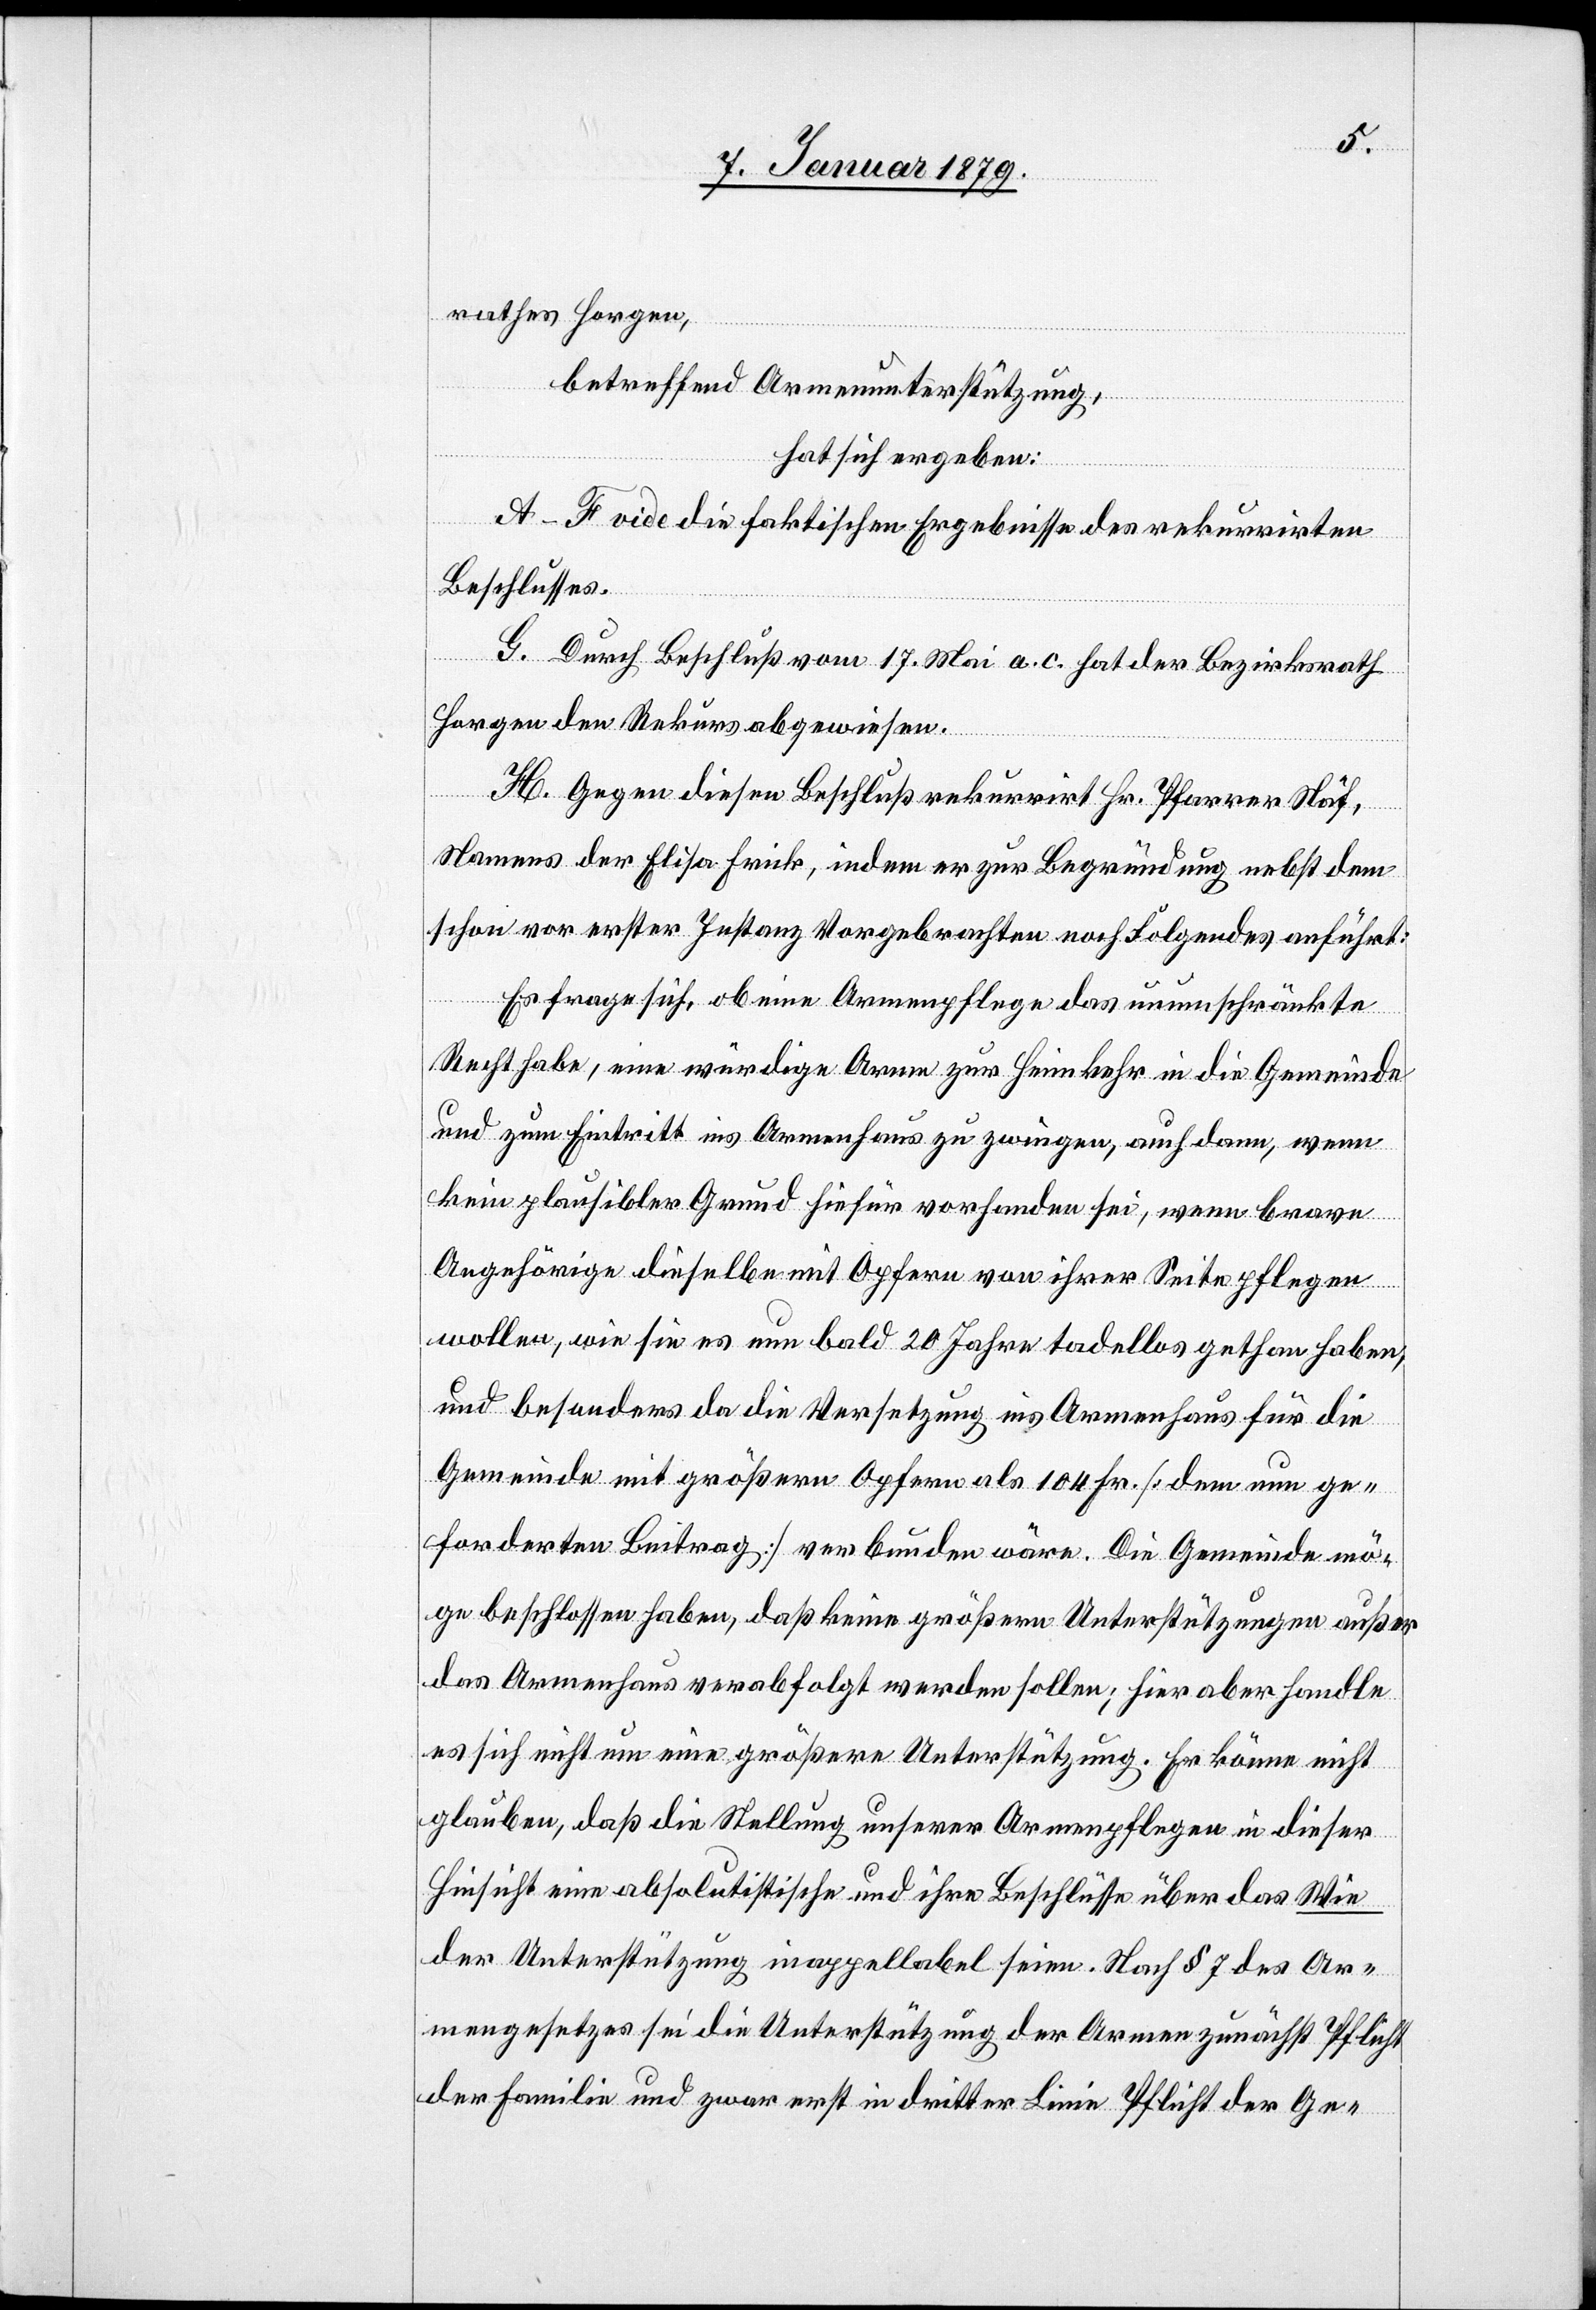
rathes Horgen,
betreffend Armenunterstützung,
hat sich ergeben:
A–F vide die faktischen Ergebnisse des rekurrirten
Beschlusses.
G. Durch Beschluß vom 17. Mai a. c. [sic!] hat der Bezirksrath
Horgen den Rekurs abgewiesen.
H. Gegen diesen Beschluß rekurrirt Hr. Pfarrer Näf,
Namens der Elisa [sic!] Frick, indem er zur Begründung nebst dem
schon vor erster Instanz Vorgebrachten noch Folgendes anführt:
Es frage sich, ob eine Armenpflege das unumschränkte
Recht habe, eine würdige Arme zur Heimkehr in die Gemeinde
und zum Eintritt ins Armenhaus zu zwingen, auch dann, wenn
kein plausibler Grund hiefür vorhanden sei, wenn brave
Angehörige dieselbe mit Opfern von ihrer Seite pflegen
wollen, wie sie es nun bald 20 Jahre tadellos gethan haben,
und besonders da die Versetzung ins Armenhaus für die
Gemeinde mit größern Opfern als 104 Fr. [dem nun ge¬
forderten Beitrag] verbunden wäre. Die Gemeinde mö¬
ge beschlossen haben, daß keine größern Unterstützungen außer
das Armenhaus verabfolgt werden sollen; hier aber handle
es sich nicht um eine größere Unterstützung. Er könne nicht
glauben, daß die Stellung unserer Armenpflege in dieser
Hinsicht eine absolutistische und ihre Beschlüsse über das Wie
der Unterstützung inappellabel seien. Nach § 7 des Ar¬
mengesetzes sei die Unterstützung der Armen zunächst Pflicht
der Familie und zwar erst in dritter Linie Pflicht der Ge-